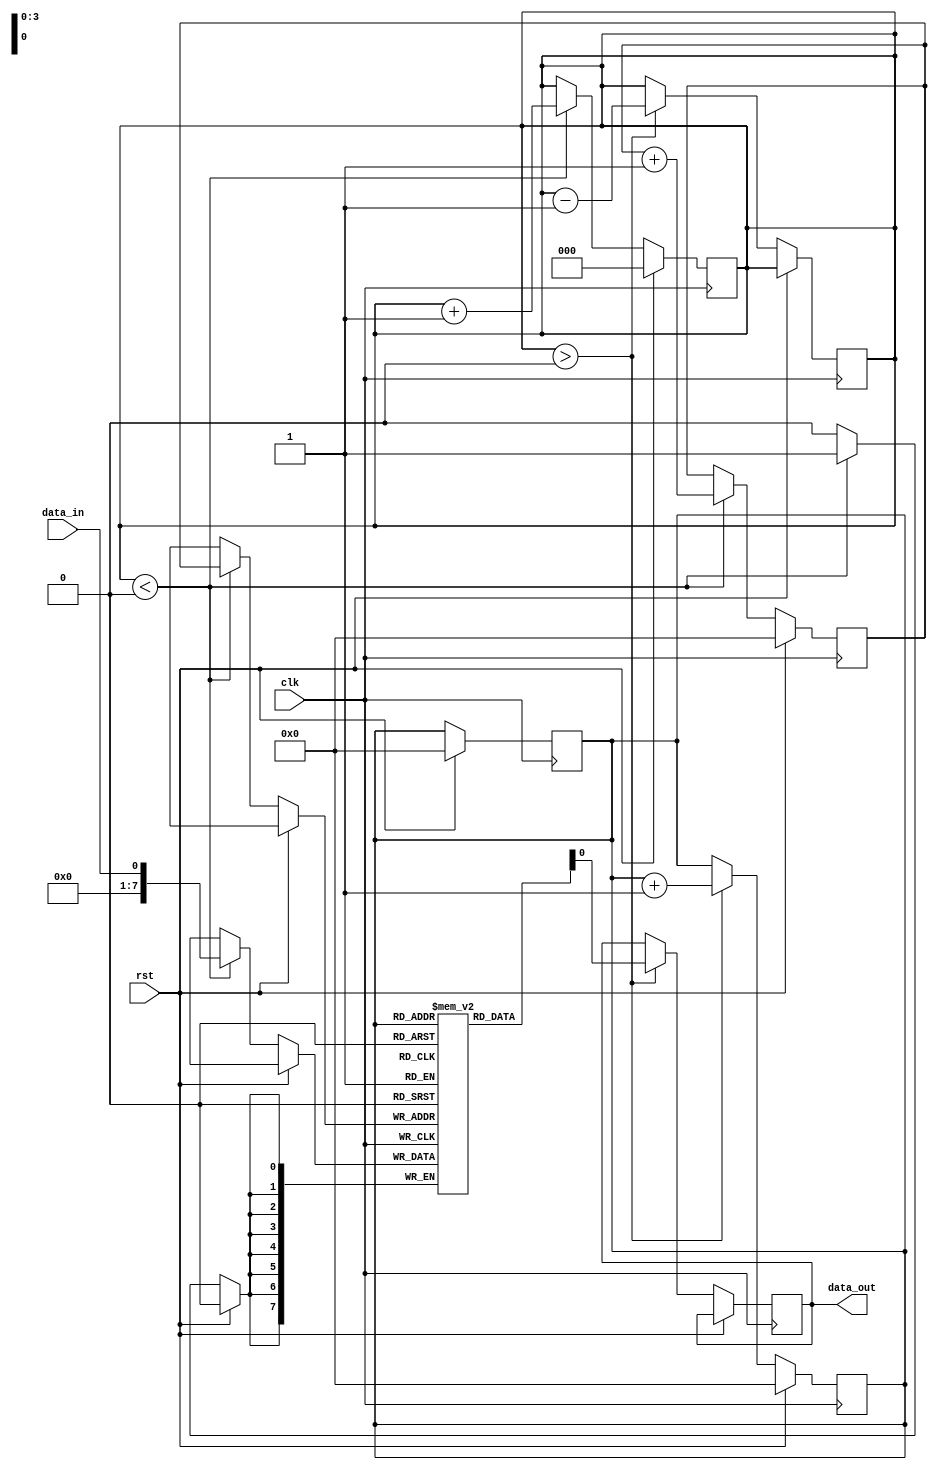
module fifo_buffer (
  input wire clk,
  input wire rst,
  input wire data_in,
  output wire data_out
);

  reg [7:0] fifo [15:0];
  reg [3:0] write_ptr = 4'd0;
  reg [3:0] read_ptr = 4'd0;
  reg [2:0] count = 3'b0;

  always @(posedge clk) begin
    if (rst) begin
      write_ptr <= 4'd0;
      read_ptr <= 4'd0;
      count <= 3'b0;
    end else begin
      if (count < 3'd16) begin
        fifo[write_ptr] <= data_in;
        write_ptr <= write_ptr + 1;
        count <= count + 1;
      end
    end
  end

  always @(posedge clk) begin
    if (rst) begin
      read_ptr <= 4'd0;
    end else begin
      if (count > 3'b0) begin
        data_out <= fifo[read_ptr];
        read_ptr <= read_ptr + 1;
        count <= count - 1;
      end
    end
  end

endmodule